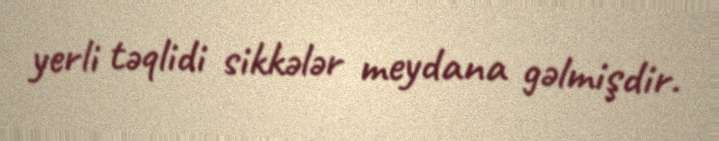
yerli təqlidi sikkələr meydana gəlmişdir.